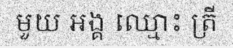
មួយ អង្គ ឈ្មោះ ត្រី